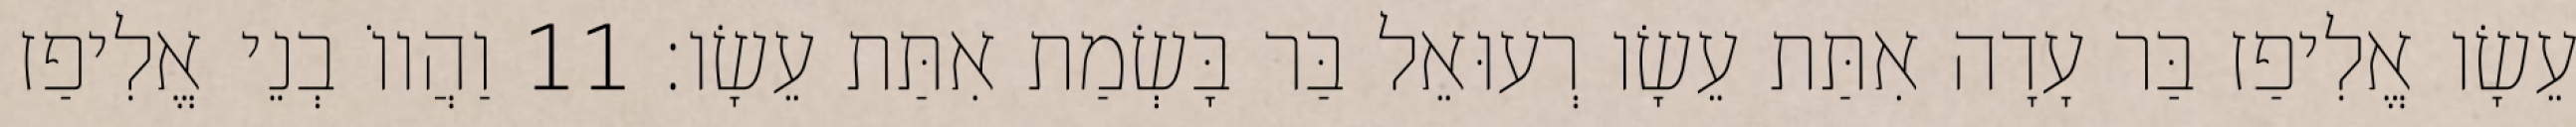
עֵשָׂו אֱלִיפַז בַּר עָדָה אִתַּת עֵשָׂו רְעוּאֵל בַּר בָּשְׂמַת אִתַּת עֵשָׂו׃ 11 וַהֲווֹ בְנֵי אֱלִיפַז